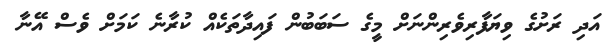
އަދި ރަށުގެ ވިޔަފާރިވެރިންނަށް މީގެ ސަބަބުން ފައިދާތަކެއް ކުރާނެ ކަމަށް ވެސް އޭނާ